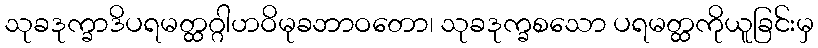
သုခဒုက္ခာဒိပရမတ္ထဂ္ဂါဟဝိမုခဘာဝတော၊ သုခဒုက္ခစသော ပရမတ္ထကိုယူခြင်းမှ